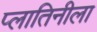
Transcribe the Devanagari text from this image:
प्लातिनीला